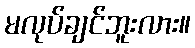
မလုပ်ချင်ဘူးလား။